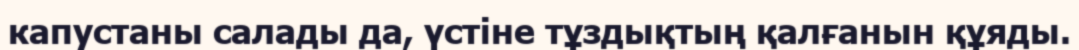
капустаны салады да, үстіне тұздықтың қалғанын құяды.